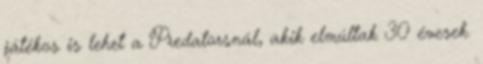
játékos is lehet a Predatorsnál, akik elmúltak 30 évesek.